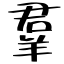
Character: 羣